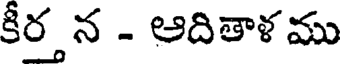
కీర్త న - ఆదితాళ ము